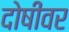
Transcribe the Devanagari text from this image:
दोषींवर